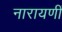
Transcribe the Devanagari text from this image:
नारायणीं